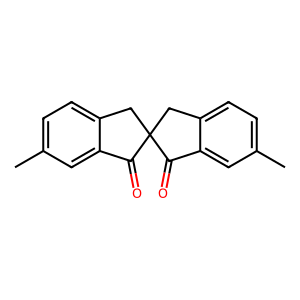
SMILES: Cc1ccc2c(c1)C(=O)C1(C2)Cc2ccc(C)cc2C1=O
Inhibits HIV replication: No